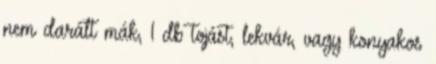
nem darált mák, 1 db tojást, lekvár, vagy konyakos